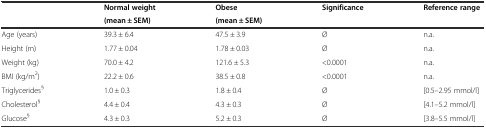
<table><thead><tr><td rowspan="2"></td><td><b>Normal weight</b></td><td><b>Obese</b></td><td rowspan="2"><b>Significance</b></td><td rowspan="2"><b>Reference range</b></td></tr><tr><td><b>(mean ± SEM)</b></td><td><b>(mean ± SEM)</b></td></tr></thead><tbody><tr><td>Age (years)</td><td>39.3 ± 6.4</td><td>47.5 ± 3.9</td><td>Ø</td><td>n.a.</td></tr><tr><td>Height (m)</td><td>1.77 ± 0.04</td><td>1.78 ± 0.03</td><td>Ø</td><td>n.a.</td></tr><tr><td>Weight (kg)</td><td>70.0 ± 4.2</td><td>121.6 ± 5.3</td><td>&lt;0.0001</td><td>n.a.</td></tr><tr><td>BMI (kg/m<sup>2</sup>)</td><td>22.2 ± 0.6</td><td>38.5 ± 0.8</td><td>&lt;0.0001</td><td>n.a.</td></tr><tr><td>Triglycerides<sup>§</sup></td><td>1.0 ± 0.3</td><td>1.8 ± 0.4</td><td>Ø</td><td>[0.5–2.95 mmol/l]</td></tr><tr><td>Cholesterol<sup>§</sup></td><td>4.4 ± 0.4</td><td>4.3 ± 0.3</td><td>Ø</td><td>[4.1–5.2 mmol/l]</td></tr><tr><td>Glucose<sup>§</sup></td><td>4.3 ± 0.3</td><td>5.2 ± 0.3</td><td>Ø</td><td>[3.8–5.5 mmol/l]</td></tr></tbody></table>